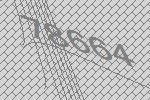
78664